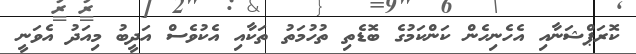
ކޮރަޕްޝަނާއި އެހެނިހެން ކަންކަމުގެ ބޮޑެތި ތުހުމަތު ތަކާއި އެކުވެސް އަދީބު މިއަދު އެވަނީ